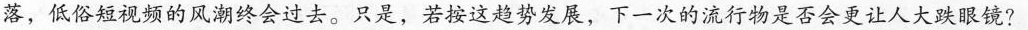
落，低俗短视频的风潮终会过去。只是，若按这趋势发展，下一次的流行物是否会更让人大跌眼镜?